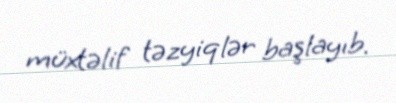
müxtəlif təzyiqlər başlayıb.